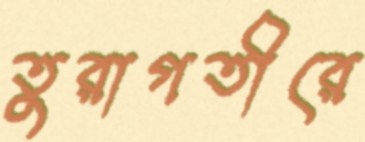
তুরাগতীরে